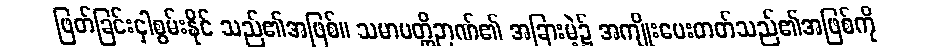
ဖြတ်ခြင်းငှါစွမ်းနိုင် သည်၏အဖြစ်။ သမာပတ္တိဉာဏ်၏ အခြားမဲ့၌ အကျိုးပေးတတ်သည်၏အဖြစ်ကို